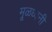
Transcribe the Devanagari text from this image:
मूळध्वनी